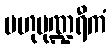
ဗဟုပုဏ္ဍရီကံ